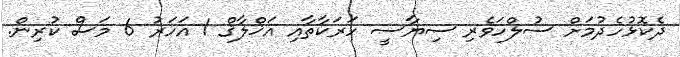
ދެކޮޅުހެދުމަށް ސުލްހަވެރި ސިޔާސީ ހަރަކާތާއި އަޚްލާޤް 1 އަހަރު 6 މަސް ކުރިން.